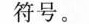
符号。